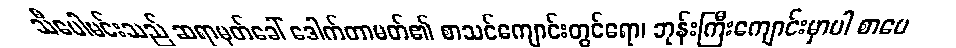
သီပေါမင်းသည် ဆရာမှတ်ခေါ် ဒေါက်တာမတ်၏ စာသင်ကျောင်းတွင်ရော၊ ဘုန်းကြီးကျောင်းမှာပါ စာပေ